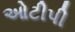
ઓટીપી